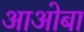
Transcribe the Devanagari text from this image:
आओबा